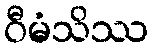
ဝီမံသိဿ